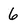
Character: 6